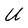
Character: U